Annual statistical returns and brief notes on vaccination in Bengal - 1896-1909
Year: 1896
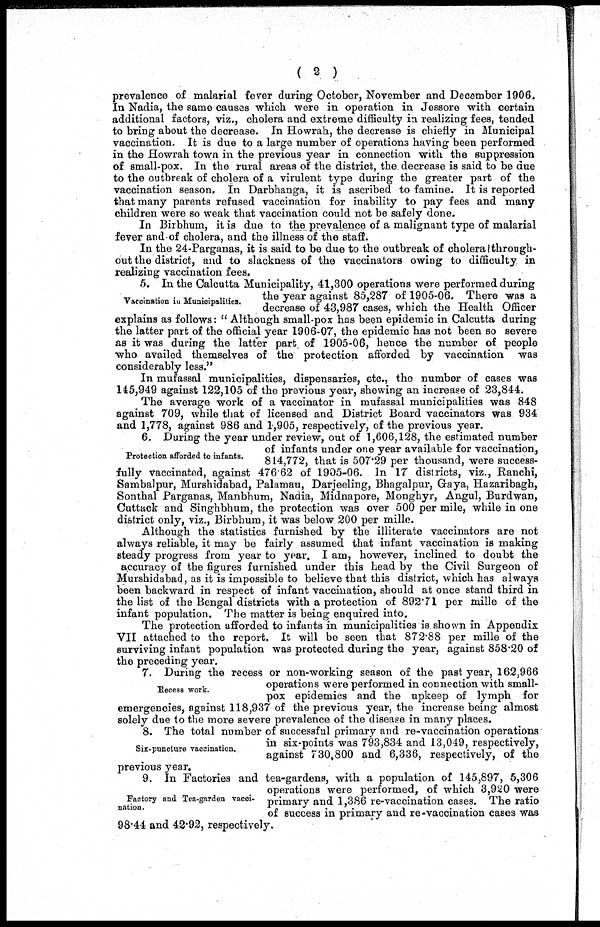
( 2 )
prevalence of malarial fever during October, November and December 1906.
In Nadia, the same causes which were in operation in Jessore with certain
additional factors, viz., cholera and extreme difficulty in realizing fees, tended
to bring about the decrease. In Howrah, the decrease is chiefly in Municipal
vaccination. It is due to a large number of operations having been performed
in the Howrah town in the previous year in connection with the suppression
of small-pox. In the rural areas of the district, the decrease is said to be due
to the outbreak of cholera of a virulent type during the greater part of the
vaccination season. In Darbhanga, it is ascribed to famine. It is reported
that many parents refused vaccination for inability to pay fees and many
children were so weak that vaccination could not be safely done.
In Birbhum, it is due to the prevalence of a malignant type of malarial
fever and of cholera, and the illness of the staff.
In the 24-Parganas, it is said to be due to the outbreak of cholera through-
out the district, and to slackness of the vaccinators owing to difficulty in
realizing vaccination fees.
Vaccination in Municipalities.
5. In the Calcutta Municipality, 41,300 operations were performed during
the year against 85,287 of 1905-06. There was a
decrease of 43,987 cases, which the Health Officer
explains as follows: " Although small-pox has been epidemic in Calcutta during
the latter part of the official year 1906-07, the epidemic has not been so severe
as it was during the latter part, of 1905-06, hence the number of people
who availed themselves of the protection afforded by vaccination was
considerably less."
In mufassal municipalities, dispensaries, etc., the number of cases was
145,949 against 122,105 of the previous year, shewing an increase of 23,844.
The average work of a vaccinator in mufassal municipalities was 848
against 709, while that of licensed and District Board vaccinators was 934
and 1,778, against 986 and 1,905, respectively, of the previous year.
Protection afforded to infants.
6. During the year under review, out of 1,606,128, the estimated number
of infants under one year available for vaccination,
814,772, that is 507.29 per thousand, were success-
fully vaccinated, against 476.62 of 1905-06. In 17 districts, viz., Ranchi,
Sambalpur, Murshidabad, Palamau, Darjeeling, Bhagalpur, Gaya, Hazaribagh,
Sonthal Parganas, Manbhum, Nadia, Midnapore, Monghyr, Angul, Burdwan,
Cuttack and Singhbhum, the protection was over 500 per mile, while in one
district only, viz., Birbhum, it was below 200 per mille.
Although the statistics furnished by the illiterate vaccinators are not
always reliable, it may be fairly assumed that infant vaccination is making
steady progress from year to year. I am, however, inclined to doubt the
accuracy of the figures furnished under this head by the Civil Surgeon of
Murshidabad, as it is impossible to believe that this district, which has always
been backward in respect of infant vaccination, should at once stand third in
the list of the Bengal districts with a protection of 892.71 per mille of the
infant population. The matter is being enquired into.
The protection afforded to infants in municipalities is shown in Appendix
VII attached to the report. It will be seen that 872.88 per mille of the
surviving infant population was protected during the year, against 858.20 of
the preceding year.
Recess work.
7. During the recess or non-working season of the past year, 162,966
operations were performed in connection with small-
pox epidemics and the upkeep of lymph for
emergencies, against 118,937 of the previous year, the increase being almost
solely due to the more severe prevalence of the disease in many places.
Six-puncture vaccination.
8. The total number of successful primary and re-vaccination operations
in six-points was 793,834 and 13,049, respectively,
against 730,800 and 6,336, respectively, of the
previous year.
Factory and Tea-garden vacci¬
nation.
9. In Factories and tea-gardens, with a population of 145,897, 5,306
operations were performed, of which 3,920 were
primary and 1,386 re-vaccination cases. The ratio
of success in primary and re-vaccination cases was
98.44 and 42.92, respectively.